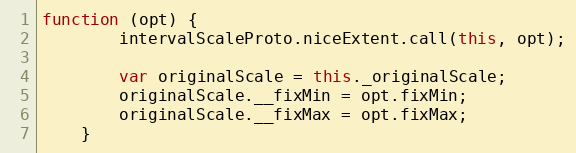
Language: JavaScript
function (opt) {
        intervalScaleProto.niceExtent.call(this, opt);

        var originalScale = this._originalScale;
        originalScale.__fixMin = opt.fixMin;
        originalScale.__fixMax = opt.fixMax;
    }